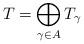
LaTeX: \begin{align*} T = \bigoplus_{\gamma\in A} T_\gamma\end{align*}